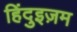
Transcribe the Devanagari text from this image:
हिंदुइज़म